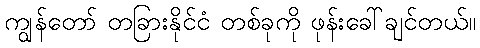
ကျွန်တော် တခြားနိုင်ငံ တစ်ခုကို ဖုန်းခေါ်ချင်တယ်။